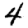
Digit: 4